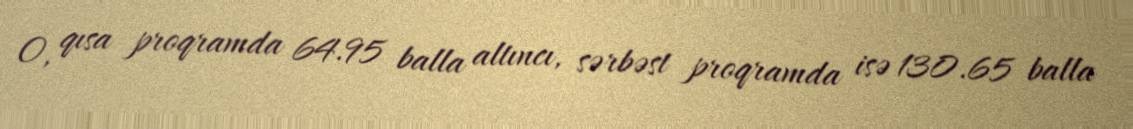
O, qısa proqramda 64.95 balla altıncı, sərbəst proqramda isə 130.65 balla